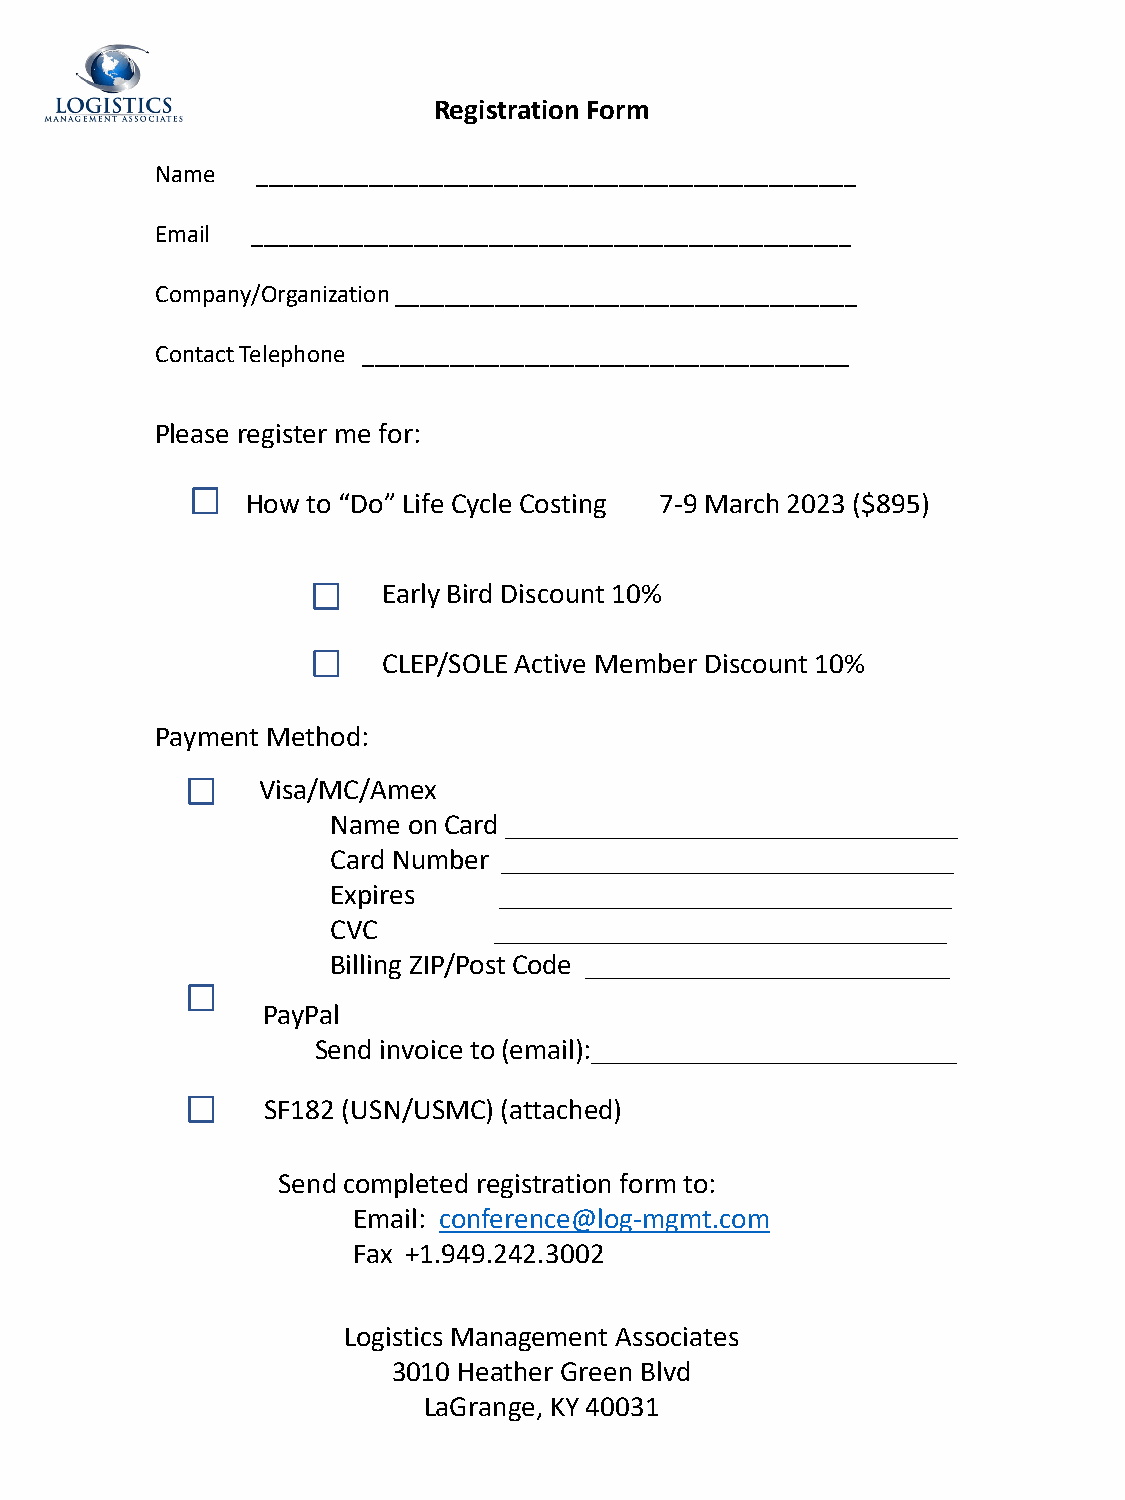
Registration Form
 Name   ________________________________________________
 Email  ________________________________________________
 Company/Organization _____________________________________
 Contact Telephone _______________________________________
 Please register me for:
 How to “Do” Life Cycle Costing 7-9 March 2023 ($895)
 Early Bird Discount 10%
 CLEP/SOLE Active Member Discount 10%
 Payment Method:
 Visa/MC/Amex
 Name on Card _______________________________
 Card Number _______________________________
 Expires    _______________________________
 CVC        _______________________________
 Billing ZIP/Post Code _________________________
 PayPal
 Send invoice to (email):_________________________
 SF182 (USN/USMC) (attached)
 Send completed registration form to:
 Email: conference@log-mgmt.com
 Fax +1.949.242.3002
 Logistics Management Associates
 3010 Heather Green Blvd
 LaGrange, KY 40031